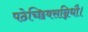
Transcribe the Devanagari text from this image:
पठेच्छिवसन्निधौ।